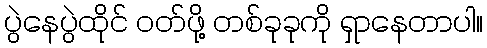
ပွဲနေပွဲထိုင် ဝတ်ဖို့ တစ်ခုခုကို ရှာနေတာပါ။